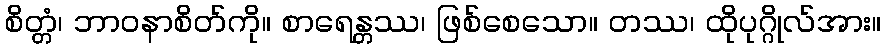
စိတ္တံ၊ ဘာဝနာစိတ်ကို။ စာရေန္တဿ၊ ဖြစ်စေသော။ တဿ၊ ထိုပုဂ္ဂိုလ်အား။